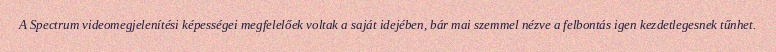
A Spectrum videomegjelenítési képességei megfelelőek voltak a saját idejében, bár mai szemmel nézve a felbontás igen kezdetlegesnek tűnhet.